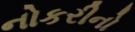
નોકરીનો